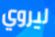
ليروي